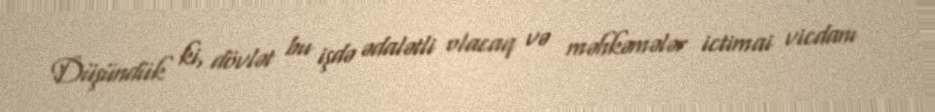
Düşündük ki, dövlət bu işdə ədalətli olacaq və məhkəmələr ictimai vicdanı